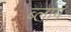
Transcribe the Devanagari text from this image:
ब्‍लाग